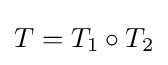
T=T_{1}\circ T_{2}